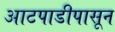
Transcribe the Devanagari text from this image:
आटपाडीपासून